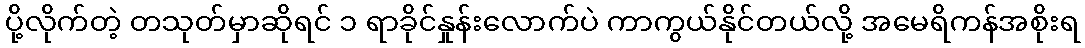
ပို့လိုက်တဲ့ တသုတ်မှာဆိုရင် ၁ ရာခိုင်နှုန်းလောက်ပဲ ကာကွယ်နိုင်တယ်လို့ အမေရိကန်အစိုးရ